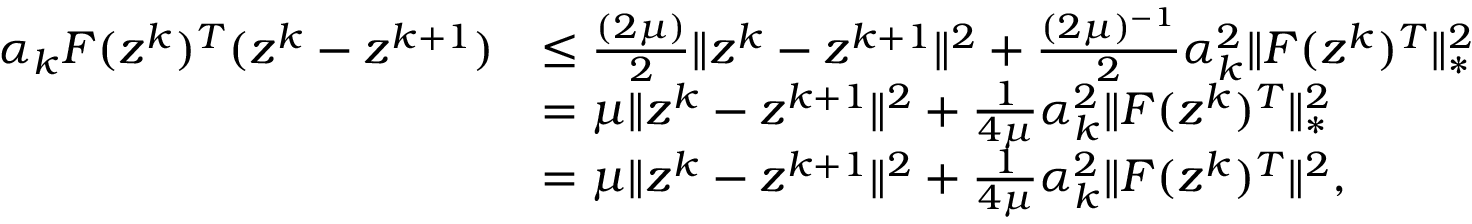
\begin{array} { r l } { \alpha _ { k } F ( \boldsymbol { z } ^ { k } ) ^ { T } ( \boldsymbol { z } ^ { k } - \boldsymbol { z } ^ { k + 1 } ) } & { \leq \frac { ( 2 \mu ) } { 2 } \| \boldsymbol { z } ^ { k } - \boldsymbol { z } ^ { k + 1 } \| ^ { 2 } + \frac { ( 2 \mu ) ^ { - 1 } } { 2 } \alpha _ { k } ^ { 2 } \| F ( \boldsymbol { z } ^ { k } ) ^ { T } \| _ { * } ^ { 2 } } \\ & { = \mu \| \boldsymbol { z } ^ { k } - \boldsymbol { z } ^ { k + 1 } \| ^ { 2 } + \frac { 1 } { 4 \mu } \alpha _ { k } ^ { 2 } \| F ( \boldsymbol { z } ^ { k } ) ^ { T } \| _ { * } ^ { 2 } } \\ & { = \mu \| \boldsymbol { z } ^ { k } - \boldsymbol { z } ^ { k + 1 } \| ^ { 2 } + \frac { 1 } { 4 \mu } \alpha _ { k } ^ { 2 } \| F ( \boldsymbol { z } ^ { k } ) ^ { T } \| ^ { 2 } , } \end{array}